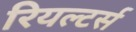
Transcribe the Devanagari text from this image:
रियल्टर्स